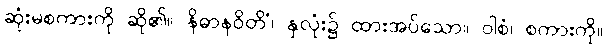
ဆုံးမစကားကို ဆို၏။ နိဓာနဝိတိံ၊ နှလုံး၌ ထားအပ်သော။ ဝါစံ၊ စကားကို။